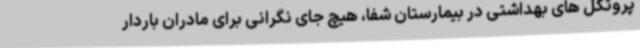
پروتکل های بهداشتی در بیمارستان شفا، هیچ جای نگرانی برای مادران باردار